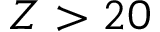
Z > 2 0